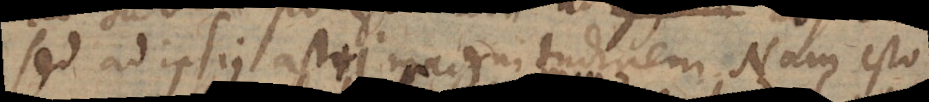
sed ad ipsius astri magnitudinem. Nam esto